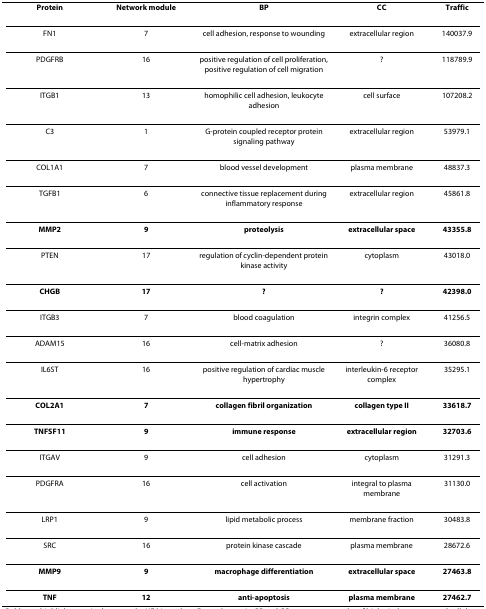
<table><thead><tr><td><b>Protein</b></td><td><b>Network module</b></td><td><b>BP</b></td><td><b>CC</b></td><td><b>Traffic</b></td></tr></thead><tbody><tr><td>FN1</td><td>7</td><td>cell adhesion, response to wounding</td><td>extracellular region</td><td>140037.9</td></tr><tr><td>PDGFRB</td><td>16</td><td>positive regulation of cell proliferation, positive regulation of cell migration</td><td>?</td><td>118789.9</td></tr><tr><td>ITGB1</td><td>13</td><td>homophilic cell adhesion, leukocyte adhesion</td><td>cell surface</td><td>107208.2</td></tr><tr><td>C3</td><td>1</td><td>G-protein coupled receptor protein signaling pathway</td><td>extracellular region</td><td>53979.1</td></tr><tr><td>COL1A1</td><td>7</td><td>blood vessel development</td><td>plasma membrane</td><td>48837.3</td></tr><tr><td>TGFB1</td><td>6</td><td>connective tissue replacement during inflammatory response</td><td>extracellular region</td><td>45861.8</td></tr><tr><td><b>MMP2</b></td><td><b>9</b></td><td><b>proteolysis</b></td><td><b>extracellular space</b></td><td><b>43355.8</b></td></tr><tr><td>PTEN</td><td>17</td><td>regulation of cyclin-dependent protein kinase activity</td><td>cytoplasm</td><td>43018.0</td></tr><tr><td><b>CHGB</b></td><td><b>17</b></td><td><b>?</b></td><td><b>?</b></td><td><b>42398.0</b></td></tr><tr><td>ITGB3</td><td>7</td><td>blood coagulation</td><td>integrin complex</td><td>41256.5</td></tr><tr><td>ADAM15</td><td>16</td><td>cell-matrix adhesion</td><td>?</td><td>36080.8</td></tr><tr><td>IL6ST</td><td>16</td><td>positive regulation of cardiac muscle hypertrophy</td><td>interleukin-6 receptor complex</td><td>35295.1</td></tr><tr><td><b>COL2A1</b></td><td><b>7</b></td><td><b>collagen fibril organization</b></td><td><b>collagen type II</b></td><td><b>33618.7</b></td></tr><tr><td><b>TNFSF11</b></td><td><b>9</b></td><td><b>immune response</b></td><td><b>extracellular region</b></td><td><b>32703.6</b></td></tr><tr><td>ITGAV</td><td>9</td><td>cell adhesion</td><td>cytoplasm</td><td>31291.3</td></tr><tr><td>PDGFRA</td><td>16</td><td>cell activation</td><td>integral to plasma membrane</td><td>31130.0</td></tr><tr><td>LRP1</td><td>9</td><td>lipid metabolic process</td><td>membrane fraction</td><td>30483.8</td></tr><tr><td>SRC</td><td>16</td><td>protein kinase cascade</td><td>plasma membrane</td><td>28672.6</td></tr><tr><td><b>MMP9</b></td><td><b>9</b></td><td><b>macrophage differentiation</b></td><td><b>extracellular space</b></td><td><b>27463.8</b></td></tr><tr><td><b>TNF</b></td><td><b>12</b></td><td><b>anti-apoptosis</b></td><td><b>plasma membrane</b></td><td><b>27462.7</b></td></tr></tbody></table>